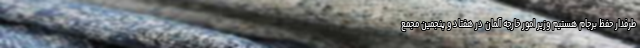
طرفدار حفظ برجام هستیم وزیر امور خارجه آلمان در هفتاد و پنجمین مجمع